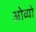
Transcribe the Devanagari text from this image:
ओव्यो